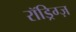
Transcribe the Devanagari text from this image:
रॉड्रिग्ज़